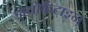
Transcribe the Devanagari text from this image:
डायोफेंटाइन